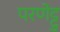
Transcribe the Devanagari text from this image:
परणेट्टु